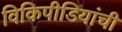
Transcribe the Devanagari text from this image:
विकिपीडियांची